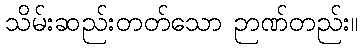
သိမ်းဆည်းတတ်သော ဉာဏ်တည်း။